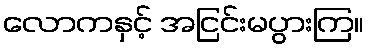
လောကနှင့် အငြင်းမပွားကြ။